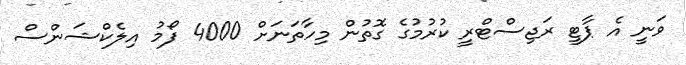
ވަނީ އެ ޕާޓީ ރަޖިސްޓްރީ ކުރުމުގެ ގޮތުން މިހާތަނަށް 4000 ފޯމު އިލެކްޝަންސް